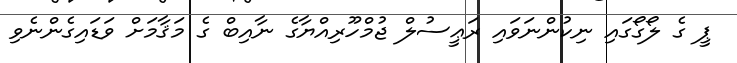
ޕީ ގެ ލޯގޯގައި ނިކުންނަވައި ރަޢީސުލް ޖުމްހޫރިއްޔާގެ ނާއިބް ގެ މަޤާމަށް ވަޑައިގެންނެވި